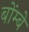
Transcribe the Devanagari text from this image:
बोंम्बे